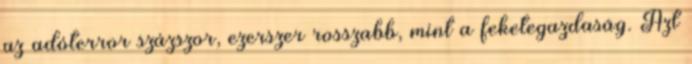
az adóterror százszor, ezerszer rosszabb, mint a feketegazdaság. Azt